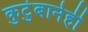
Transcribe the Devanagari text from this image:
कुटुंबानेही